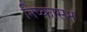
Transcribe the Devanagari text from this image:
निष्‍कासन